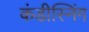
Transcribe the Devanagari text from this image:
कंडीस्निंग